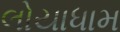
લોયાધામ